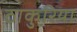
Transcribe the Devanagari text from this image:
ठाकुरिया